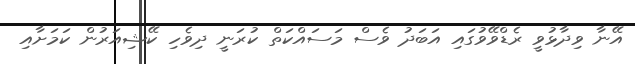
އޭނާ ވިދާޅުވީ ރެޑްވޭވުގައި އަބަދު ވެސް މަސައްކަތް ކުރަނީ ދިވެހި ކޭޝިއަރުން ކަމަށާއި